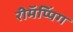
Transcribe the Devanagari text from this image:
रीमॅप्पिंग